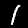
Digit: 1